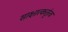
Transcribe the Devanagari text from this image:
साक्षात्कर्तृत्व